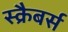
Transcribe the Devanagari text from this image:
स्क्रैबर्स